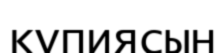
құпиясын